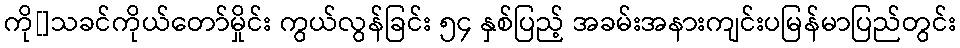
ကို[]သခင်ကိုယ်တော်မှိုင်း ကွယ်လွန်ခြင်း ၅၄ နှစ်ပြည့် အခမ်းအနားကျင်းပမြန်မာပြည်တွင်း